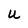
Character: U